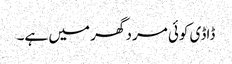
ڈاڈی کوئی مرد گھر میں ہے۔